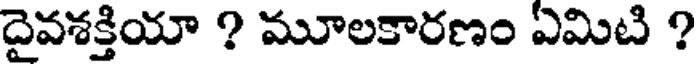
దైవశక్తియా ? మూలకారణం ఏమిటి ?